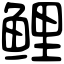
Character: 鲤